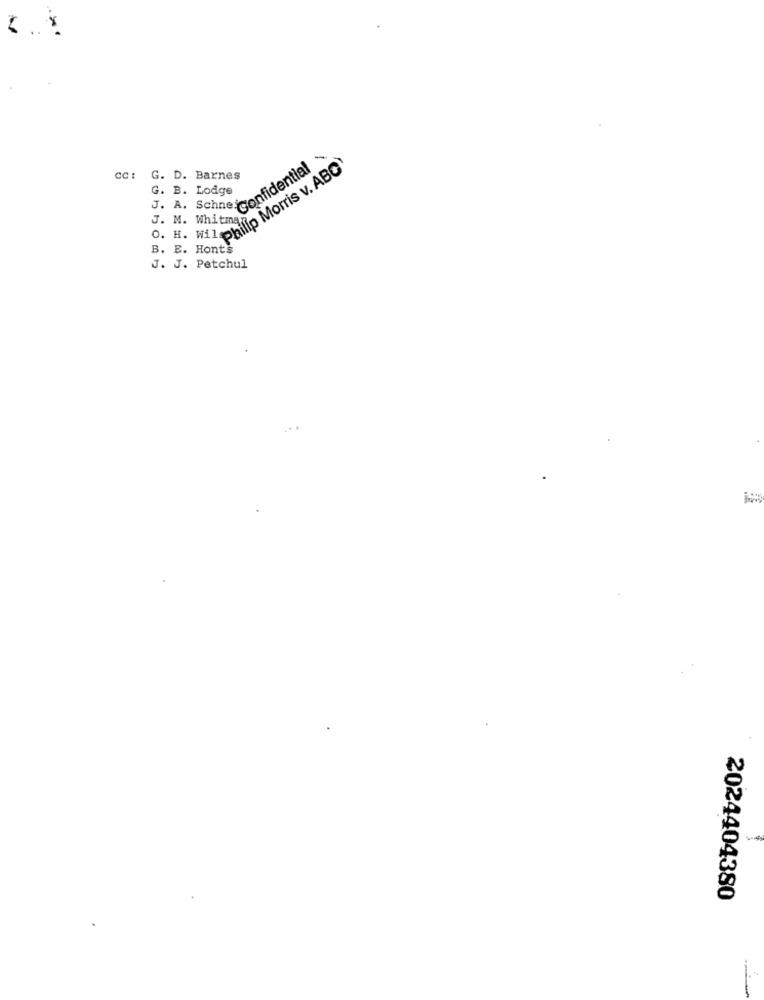
2 .. .
Ilp Morris v. ABO
cc: G. D. Barnes
G. B. Lodge
J. A. Schne confidential
J. M. Whitman
O. H. Wil
B. E. Honte
J. J. Petchul
2024404380